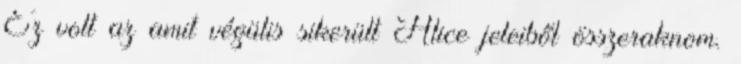
Ez volt az amit végülis sikerült Alice jeleiből összeraknom.